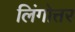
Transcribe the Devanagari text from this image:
लिंगोत्तर